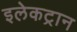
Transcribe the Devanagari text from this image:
इलेकट्रान